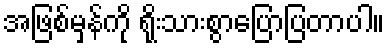
အဖြစ်မှန်ကို ရိုးသားစွာပြောပြတာပါ။